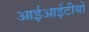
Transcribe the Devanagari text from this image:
आईआईटीयो